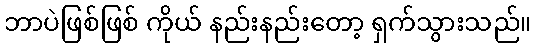
ဘာပဲဖြစ်ဖြစ် ကိုယ် နည်းနည်းတော့ ရှက်သွားသည်။